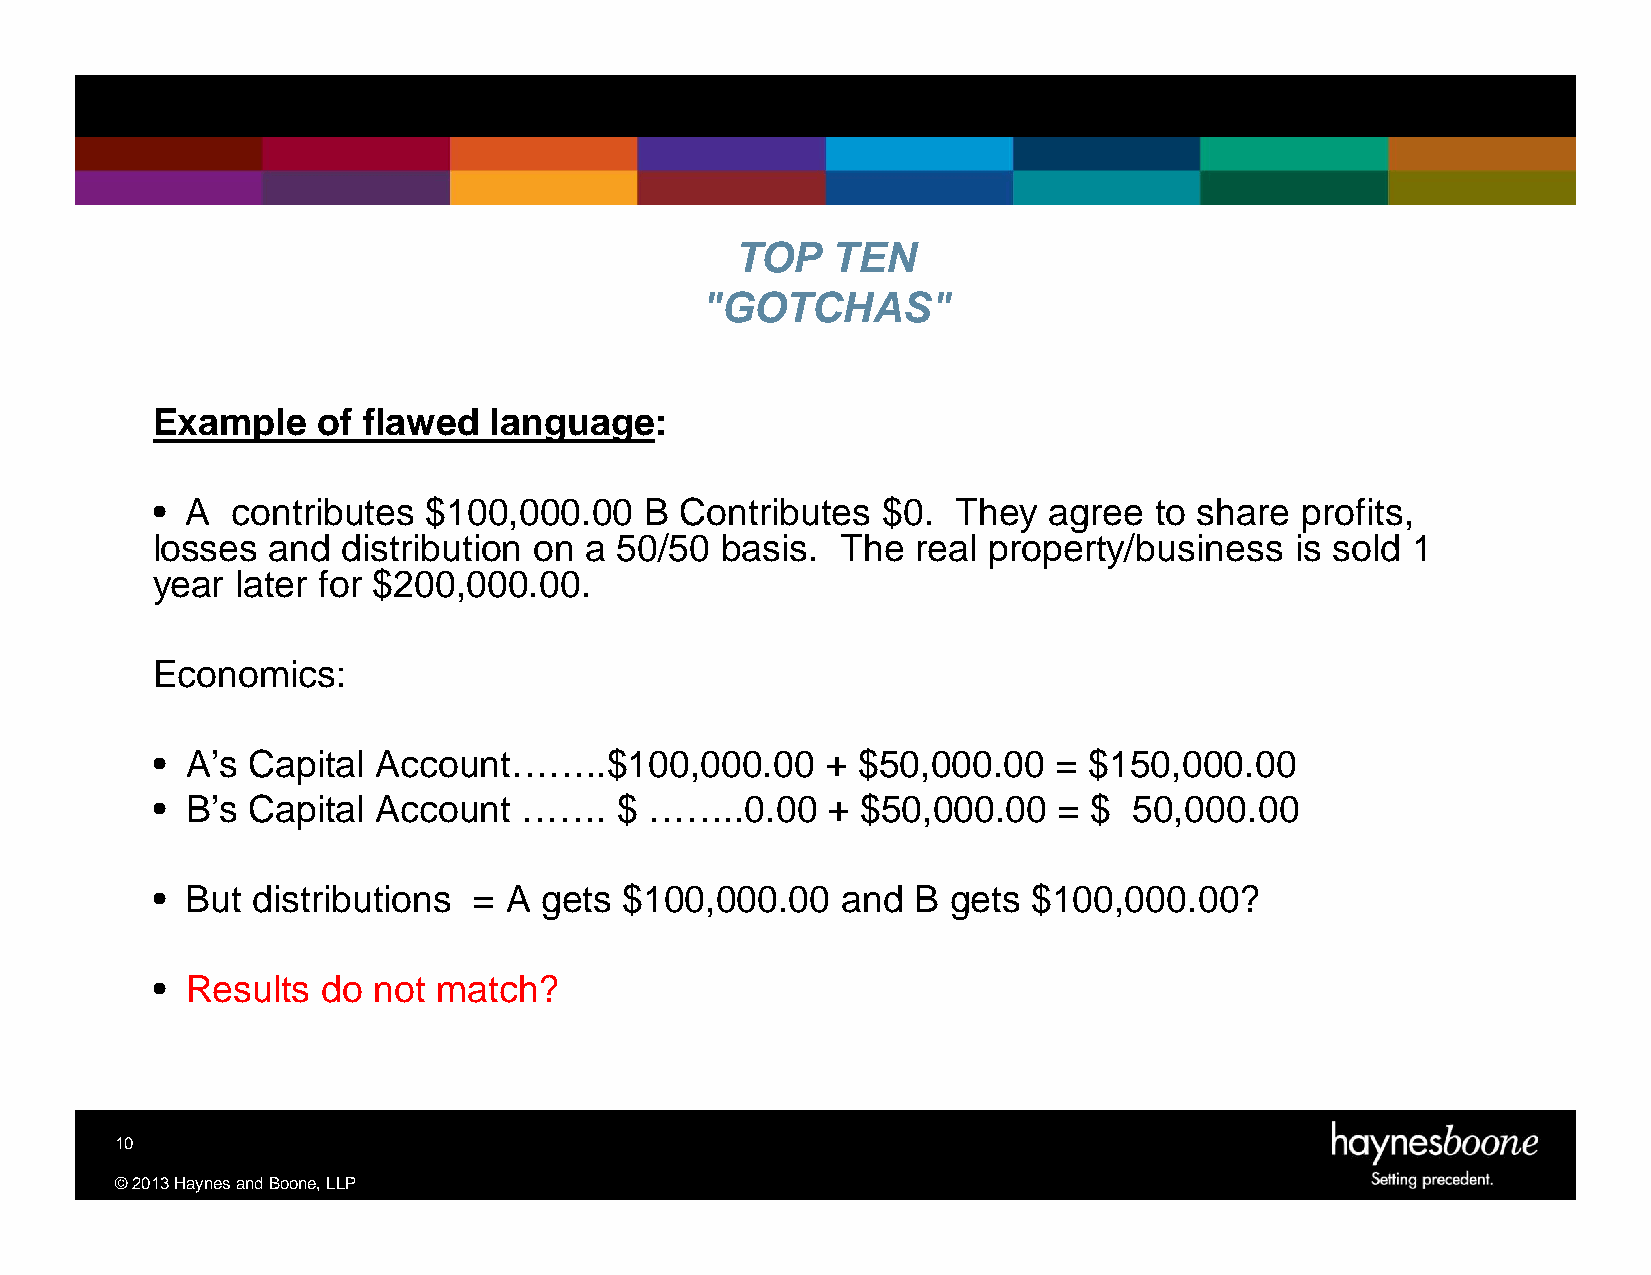
TOP   TEN
 "GOTCHAS"
 Example    of flawed  language:
 • A  contributes  $100,000.00    B Contributes  $0.  They  agree  to share  profits,
 losses  and  distribution on a 50/50  basis.  The  real property/business   is sold 1
 year  later for $200,000.00.
 Economics:
 • A’s Capital  Account……..$100,000.00        + $50,000.00   = $150,000.00
 • B’s Capital  Account   …….   $ ……..0.00    + $50,000.00   = $  50,000.00
 • But  distributions =  A gets $100,000.00    and  B gets $100,000.00?
 • Results  do  not match?
 10
 ©2013HaynesandBoone,LLP